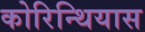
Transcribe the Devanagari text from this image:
कोरिन्थियास